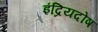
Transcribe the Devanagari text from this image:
इंद्रियदोष